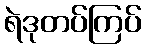
ရဲဒုတပ်ကြပ်